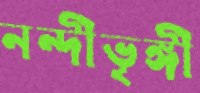
নন্দীভৃঙ্গী